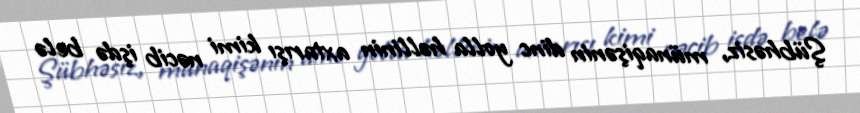
Şübhəsiz, münaqişənin dinc yolla həllinin axtarışı kimi nəcib işdə belə